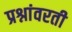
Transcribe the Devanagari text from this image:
प्रश्नांवरती